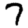
Digit: 7